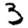
Digit: 3